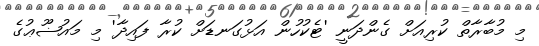
މި މުބާރާތް ކުރިއަށް ގެންދަނީ 'ޓެކުހުން އަޅުގަނޑަށް ކުރާ ފައިދާ' މި މައުޟޫޢުގެ